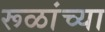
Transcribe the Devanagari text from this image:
रूळांच्या